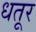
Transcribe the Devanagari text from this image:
धतूर